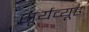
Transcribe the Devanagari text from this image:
सूर्यव्यूह